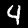
Label: 4